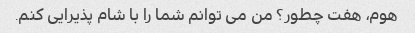
هوم، هفت چطور؟ من می توانم شما را با شام پذیرایی کنم.